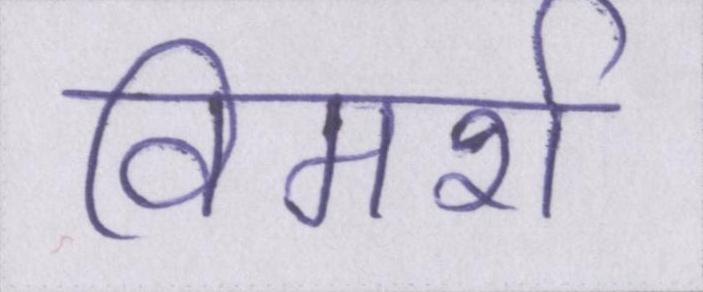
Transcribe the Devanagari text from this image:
विमर्श